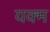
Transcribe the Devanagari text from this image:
यक्म